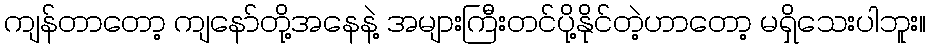
ကျန်တာတော့ ကျနော်တို့အနေနဲ့ အများကြီးတင်ပို့နိုင်တဲ့ဟာတော့ မရှိသေးပါဘူး။